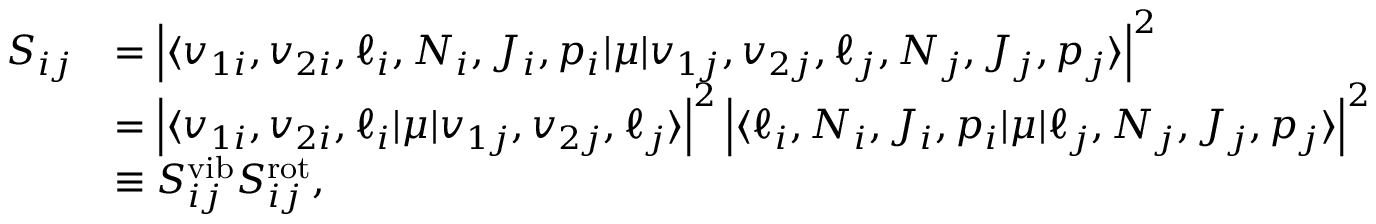
\begin{array} { r l } { S _ { i j } } & { = \left\lvert \langle v _ { 1 i } , v _ { 2 i } , \ell _ { i } , N _ { i } , J _ { i } , p _ { i } \lvert \mu \lvert v _ { 1 j } , v _ { 2 j } , \ell _ { j } , N _ { j } , J _ { j } , p _ { j } \rangle \right\lvert ^ { 2 } } \\ & { = \left\lvert \langle v _ { 1 i } , v _ { 2 i } , \ell _ { i } \lvert \mu \lvert v _ { 1 j } , v _ { 2 j } , \ell _ { j } \rangle \right\lvert ^ { 2 } \left\lvert \langle \ell _ { i } , N _ { i } , J _ { i } , p _ { i } \lvert \mu \lvert \ell _ { j } , N _ { j } , J _ { j } , p _ { j } \rangle \right\lvert ^ { 2 } } \\ & { \equiv S _ { i j } ^ { \mathrm { v i b } } S _ { i j } ^ { \mathrm { r o t } } , } \end{array}